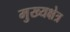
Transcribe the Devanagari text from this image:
मुख्यक्षेत्र